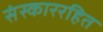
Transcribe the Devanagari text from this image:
संस्काररहित